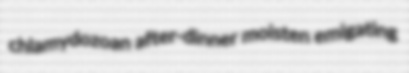
chlamydozoan after-dinner moisten emigating